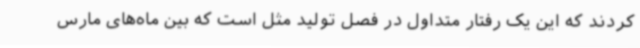
کردند که این یک رفتار متداول در فصل تولید مثل است که بین ماه‌های مارس